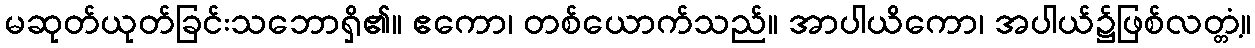
မဆုတ်ယုတ်ခြင်းသဘောရှိ၏။ ဧကော၊ တစ်ယောက်သည်။ အာပါယိကော၊ အပါယ်၌ဖြစ်လတ္တံ့။